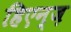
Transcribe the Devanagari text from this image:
हिएन्ज़